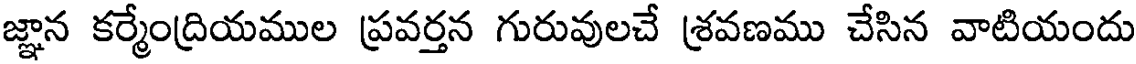
జ్ఞాన కర్మేంద్రియముల ప్రవర్తన గురువులచే శ్రవణము చేసిన వాటియందు